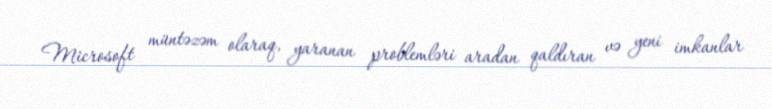
Microsoft müntəzəm olaraq, yaranan problemləri aradan qaldıran və yeni imkanlar